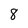
Character: 8